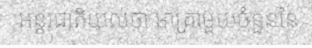
អន្តរជាតិយល់ថា មាត្រាមួយចំនួននៃ